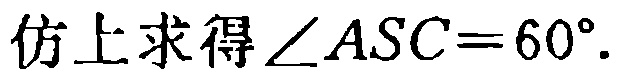
仿上求得\(\angle ASC = 60^{\circ}\).